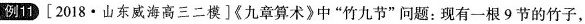
例11 [2018·山东威海高三二模]《九章算术》中”竹九节”问题：现有一根9节的竹子，